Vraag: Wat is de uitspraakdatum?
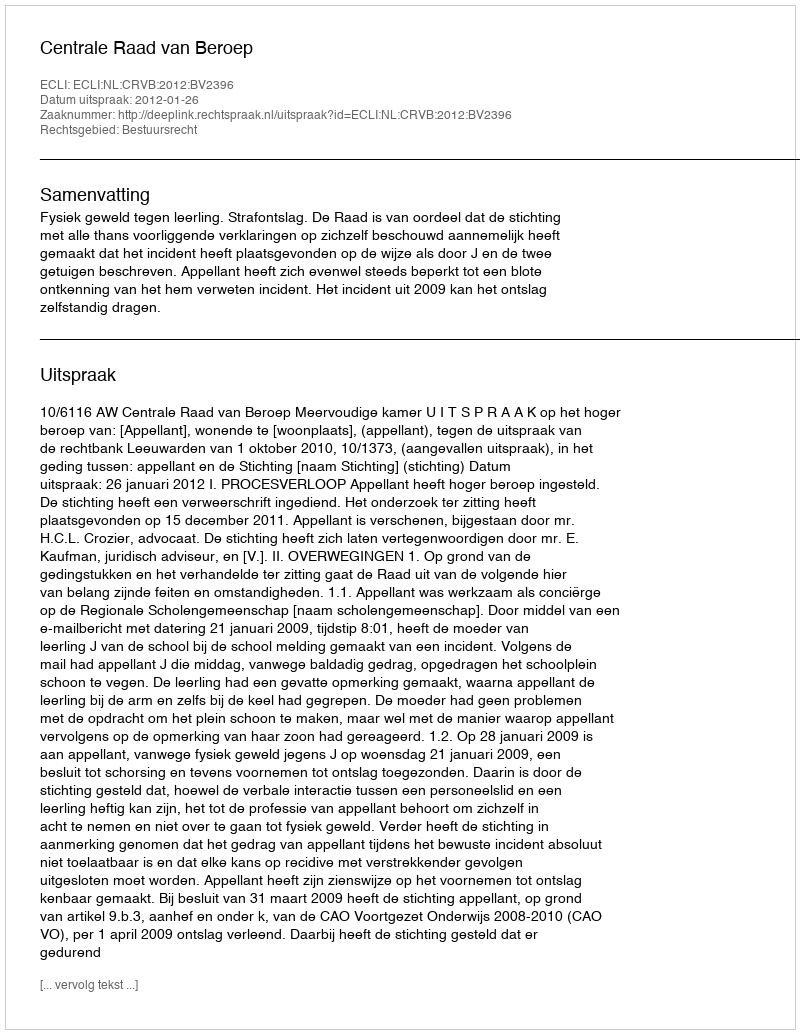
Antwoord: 2012-01-26